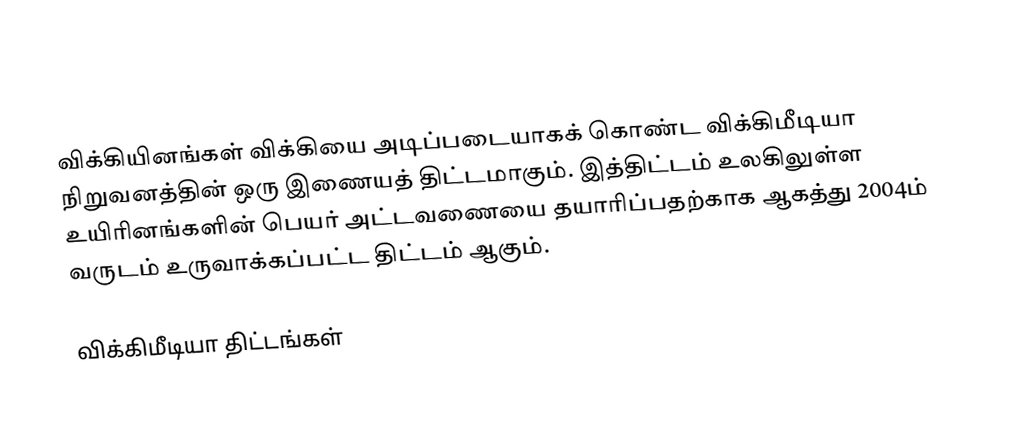
விக்கியினங்கள்   விக்கியை அடிப்படையாகக் கொண்ட விக்கிமீடியா நிறுவனத்தின் ஒரு இணையத் திட்டமாகும். இத்திட்டம் உலகிலுள்ள உயிரினங்களின் பெயர் அட்டவணையை தயாரிப்பதற்காக ஆகத்து 2004ம் வருடம் உருவாக்கப்பட்ட திட்டம் ஆகும்.

விக்கிமீடியா திட்டங்கள்